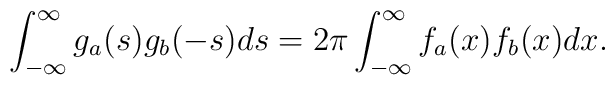
\int_{-\infty}^{\infty}g_a(s)g_b(-s)ds=2\pi\int_{-\infty}^{\infty}              f_a(x)f_b(x)dx .